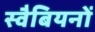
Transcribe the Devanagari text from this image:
स्वैबियनों